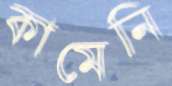
কামেনি